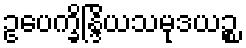
ဥပေက္ခိန္ဒြိယသမုဒယဉ္စ